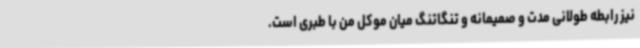
نیز رابطه طولانی مدت و صمیمانه و تنگاتنگ میان موکل من با طبری است.